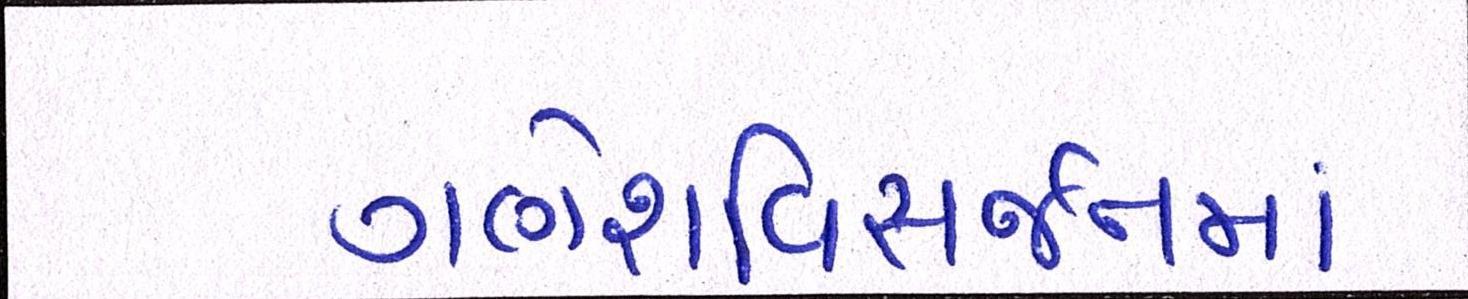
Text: ગણેશવિસર્જનમાં